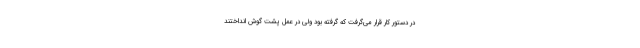
در دستور کار قرار می‌گرفت که گرفته بود ولی در عمل پشت گوش انداختند